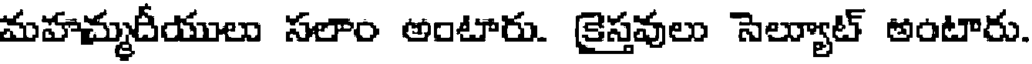
మహమ్మదీయులు సలాం అంటారు. క్రైస్తవులు సెల్యూట్ అంటారు.